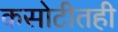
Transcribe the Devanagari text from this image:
कसोटीतही